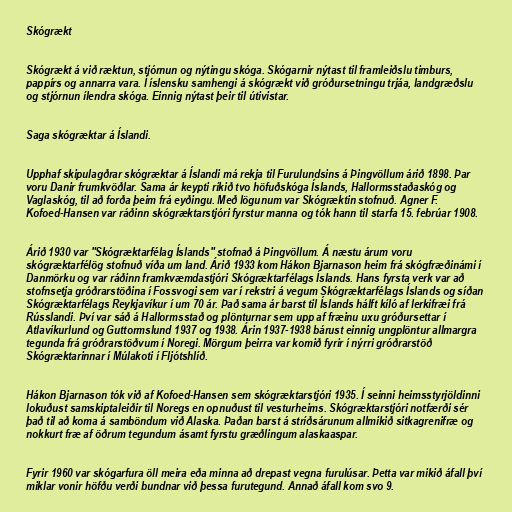
Skógrækt

Skógrækt á við ræktun, stjórnun og nýtingu skóga. Skógarnir nýtast til framleiðslu timburs,
pappírs og annarra vara. Í íslensku samhengi á skógrækt við gróðursetningu trjáa, landgræðslu
og stjórnun ílendra skóga. Einnig nýtast þeir til útivistar.

Saga skógræktar á Íslandi.

Upphaf skipulagðrar skógræktar á Íslandi má rekja til Furulundsins á Þingvöllum árið 1898. Þar
voru Danir frumkvöðlar. Sama ár keypti ríkið tvo höfuðskóga Íslands, Hallormsstaðaskóg og
Vaglaskóg, til að forða þeim frá eyðingu. Með lögunum var Skógræktin stofnuð. Agner F.
Kofoed-Hansen var ráðinn skógræktarstjóri fyrstur manna og tók hann til starfa 15. febrúar 1908.

Árið 1930 var "Skógræktarfélag Íslands" stofnað á Þingvöllum. Á næstu árum voru
skógræktarfélög stofnuð víða um land. Árið 1933 kom Hákon Bjarnason heim frá skógfræðinámi í
Danmörku og var ráðinn framkvæmdastjóri Skógræktarfélags Íslands. Hans fyrsta verk var að
stofnsetja gróðrarstöðina í Fossvogi sem var í rekstri á vegum Skógræktarfélags Íslands og síðan
Skógræktarfélags Reykjavíkur í um 70 ár. Það sama ár barst til Íslands hálft kíló af lerkifræi frá
Rússlandi. Því var sáð á Hallormsstað og plönturnar sem upp af fræinu uxu gróðursettar í
Atlavíkurlund og Guttormslund 1937 og 1938. Árin 1937-1938 bárust einnig ungplöntur allmargra
tegunda frá gróðrarstöðvum í Noregi. Mörgum þeirra var komið fyrir í nýrri gróðrarstöð
Skógræktarinnar í Múlakoti í Fljótshlíð.

Hákon Bjarnason tók við af Kofoed-Hansen sem skógræktarstjóri 1935. Í seinni heimsstyrjöldinni
lokuðust samskiptaleiðir til Noregs en opnuðust til vesturheims. Skógræktarstjóri notfærði sér
það til að koma á samböndum við Alaska. Þaðan barst á stríðsárunum allmikið sitkagrenifræ og
nokkurt fræ af öðrum tegundum ásamt fyrstu græðlingum alaskaaspar.

Fyrir 1960 var skógarfura öll meira eða minna að drepast vegna furulúsar. Þetta var mikið áfall því
miklar vonir höfðu verði bundnar við þessa furutegund. Annað áfall kom svo 9.